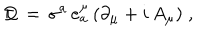
LaTeX: \not \! \! D \, = \, \sigma ^ { a } \, e _ { a } ^ { \mu } \, ( \partial _ { \mu } + i \, A _ { \mu } ) \; ,